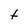
Character: f